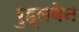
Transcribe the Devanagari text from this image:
रुह्लबेन